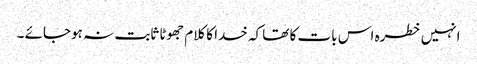
انہیں خطرہ اس بات کا تھا کہ خدا کا کلام جھوٹا ثابت نہ ہوجائے ۔